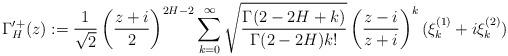
LaTeX: \begin{align*}\Gamma'^{+}_{H}(z) := \frac{1}{\sqrt{2}}\left(\frac{z+i}{2}\right)^{2H-2}\sum_{k=0}^{\infty}\sqrt{\frac{\Gamma(2-2H+k)}{\Gamma(2-2H)k!}}\left(\frac{z-i}{z+i}\right)^{k}(\xi^{(1)}_{k}+i\xi^{(2)}_{k}) \end{align*}